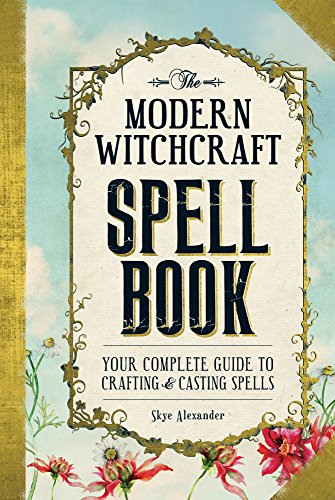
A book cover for The Modern Witchcraft Spell Book: Your Complete Guide to Crafting and Casting Spells; Skye Alexander; Reference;